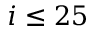
i \le 2 5